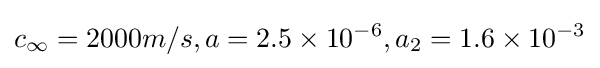
c_{\infty }=2000m/s,a=2.5\times 10^{-6},a_{2}=1.6\times 10^{-3}